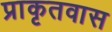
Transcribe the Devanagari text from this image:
प्राकृतवास